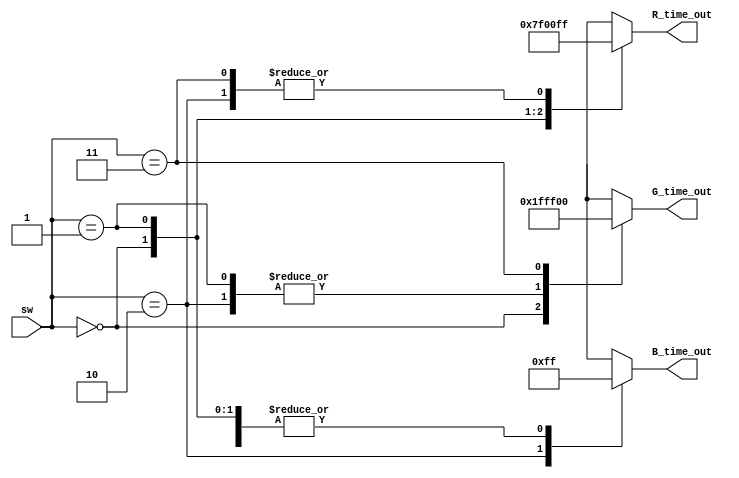
module PWM_Decoder4 (
  input  [1:0] sw,
  output reg [7:0] R_time_out,
  output reg [7:0] G_time_out,
  output reg [7:0] B_time_out
);

  always @ ( * ) begin
    case (sw)
      2'b00: begin
        R_time_out = 8'h7f;
        G_time_out = 8'h1f;
        B_time_out = 8'hff;
      end
      2'b01: begin
        R_time_out = 8'h00;
        G_time_out = 8'hff;
        B_time_out = 8'hff;
      end
      2'b10: begin
        R_time_out = 8'hff;
        G_time_out = 8'hff;
        B_time_out = 8'h00;
      end
      2'b11: begin
        R_time_out = 8'hff;
        G_time_out = 8'h00;
        B_time_out = 8'hff;
      end
    endcase
  end

endmodule // Decoder